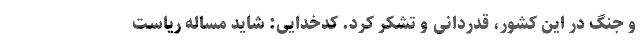
و جنگ در این کشور، قدردانی و تشکر کرد. کدخدایی: شاید مساله ریاست